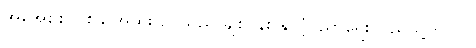
အိုအေစစ်တစ်ခု အထူးပြုပါသည် ချစ်ပန်း နိုင်ငံ့ပညာရေး ပြည်သူ့တိုက်ပွဲ